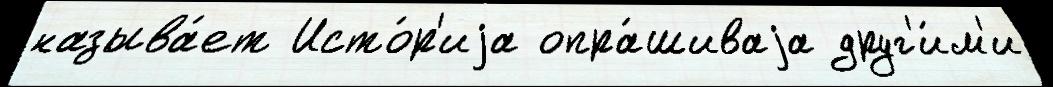
называ́ет Исто́р'иjа опра́шиваjа друг'и́м'и